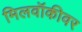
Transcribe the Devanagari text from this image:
मिलवॉकीवर